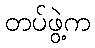
တပ်ဖွဲ့က